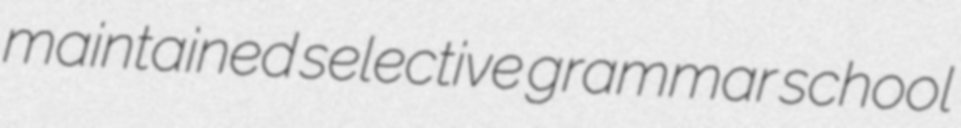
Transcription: maintained selective grammar school